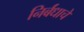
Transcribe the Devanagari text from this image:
निर्बंधाचें